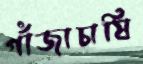
গাঁজাচাষি